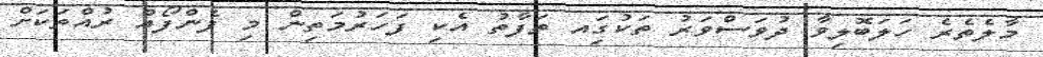
މާލެތެރެ ހަލަބޮލިވާ ދުވަސްވަރު ތަކުގަިއ ތަފާތު އެކި ފަހަރުމަތިން މި ފެންފޯއް ރުއްތަކަށް